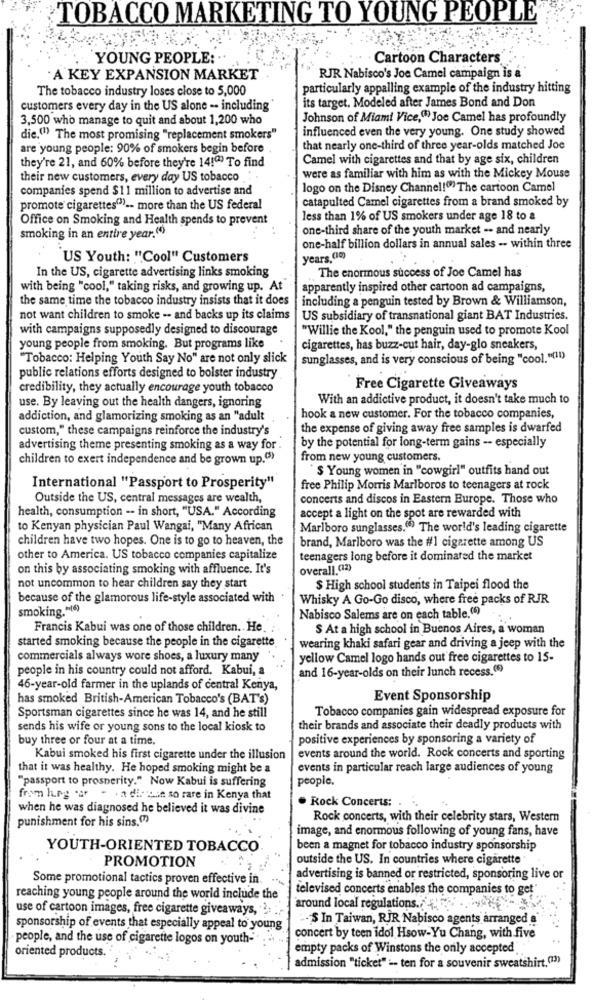
TOBACCO MARKETING TO YOUNG PEOPLE
YOUNG PEOPLE:
Cartoon Characters
A KEY EXPANSION MARKET
RJR Nabisco's Joe Camel campaign is a
The tobacco industry loses close to 5,000
particularly appalling example of the industry hitting
its target. Modeled after James Bond and Don
customers every day in the US alone -. including
3,500 who manage to quit and about 1,200 who
Johnson of Miami Vice,(1) Joe Camel has profoundly
influenced even the very young. One study showed
die,(1) The most promising "replacement smokers"
are young people: 90% of smokers begin before
that nearly one-third of three year-olds matched Joe
they're 21, and 60% before they're 14!") To find
Camel with cigarettes and that by age six, children
their new customers, every day US tobacco
were as familiar with him as with the Mickey Mouse
companies spend $11 million to advertise and
logo on the Disney Channel!" The cartoon Camel
catapulted Camel cigarettes from a brand smoked by
promote cigarettes"") -- more than the US federal
Office on Smoking and Health spends to prevent
less than 1% of US smokers under age 18 to &
one-third share of the youth market -- and nearly
smoking in an entire year.(4)
one-half billion dollars in annual sales - within three
US Youth: "Cool" Customers
years. (10)
In the US, cigarette advertising links smoking
The enormous success of Joe Camel has
with being "cool," taking risks, and growing up. At
apparently inspired other cartoon ad campaigns,
the same time the tobacco industry insists that it does
including a penguin tested by Brown & Williamson,
not want children to smoke -- and backs up its claims
US subsidiary of transnational giant BAT Industries.
with campaigns supposedly designed to discourage
"Willie the Kool," the penguin used to promote Kool
young people from smoking. But programs like
cigarettes, has buzz-cut hair, day-glo sneakers,
"Tobacco: Helping Youth Say No" are not only slick
sunglasses, and is very conscious of being "cool. "(11)
public relations efforts designed to bolster industry
credibility, they actually encourage youth tobacco
Free Cigarette Giveaways
With an addictive product, it doesn't take much to
use. By leaving out the health dangers, ignoring
addiction, and glamorizing smoking as an "adult
hook a new customer. For the tobacco companies,
custom," these campaigns reinforce the industry's
the expense of giving away free samples is dwarfed
advertising theme presenting smoking as a way for .
by the potential for long-term gains -- especially
children to exert independence and be grown up.(5)
from new young customers.
$ Young women in "cowgirl" outfits hand out
International "Passport to Prosperity"
free Philip Morris Marlboros to teenagers at rock
Outside the US, central messages are wealth,
concerts and discos in Eastern Europe. Those who
health, consumption -- in short, "USA." According
accept a light on the spot are rewarded with
to Kenyan physician Paul Wangai, "Many African
Marlboro sunglasses.(6) The world's leading cigarette
children have two hopes. One is to go to heaven, the
brand, Marlboro was the #1 cigarette among US
other to America. US tobacco companies capitalize
teenagers long before it dominated the market
on this by associating smoking with affluence. It's
overall.(12)
not uncommon to hear children say they start
$ High school students in Taipei flood the
because of the glamorous life-style associated with
Whisky A Go-Go disco, where free packs of RJR
smoking."(6)
Nabisco Salems are on each table.(6)
Francis Kabui was one of those children. He.
S At a high school in Buenos Aires, a woman
started smoking because the people in the cigarette
wearing khaki safari gear and driving a jeep with the
commercials always wore shoes, a luxury many
yellow Camel logo hands out free cigarettes to 15-
people in his country could not afford. Kabui, a
and 16-year-olds on their lunch recess.(6)
46-year-old farmer in the uplands of central Kenya,
has smoked British-American Tobacco's (BAT's)
Event Sponsorship
Tobacco companies gain widespread exposure for
Sportsman cigarettes since he was 14, and he still
sends his wife or young sons to the local kiosk to
their brands and associate their deadly products with
buy three or four at a time.
positive experiences by sponsoring a variety of
Kabui smoked his first cigarette under the illusion
events around the world. Rock concerts and sporting
that it was healthy. He hoped smoking might be a
events in particular reach large audiences of young
"passport to prosperity." Now Kabui is suffering
people.
+ a disease so rare in Kenya that
. Rock Concerts: .
when he was diagnosed he believed it was divine
punishment for his sins.(7)
Rock concerts, with their celebrity stars, Western
image, and enormous following of young fans, have
YOUTH-ORIENTED TOBACCO
been a magnet for tobacco industry sponsorship
PROMOTION
outside the US. In countries where cigarette
Some promotional tactics proven effective in.
advertising is banned or restricted, sponsoring live or
televised concerts enables the companies to get"
reaching young people around the world include the
use of cartoon images, free cigarette giveaways,"
around local regulations./4
"- S In Taiwan, RIR Nabisco agents arranged a
sponsorship of events that especially appeal to young
people, and the use of cigarette logos on youth-
concert by teen idol Hsow-Yu Chang, with five
empty packs of Winstons the only accepted
oriented products.
admission "ticket" "- ten for a souvenir sweatshirt.(13)